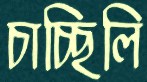
চাচ্ছিলি